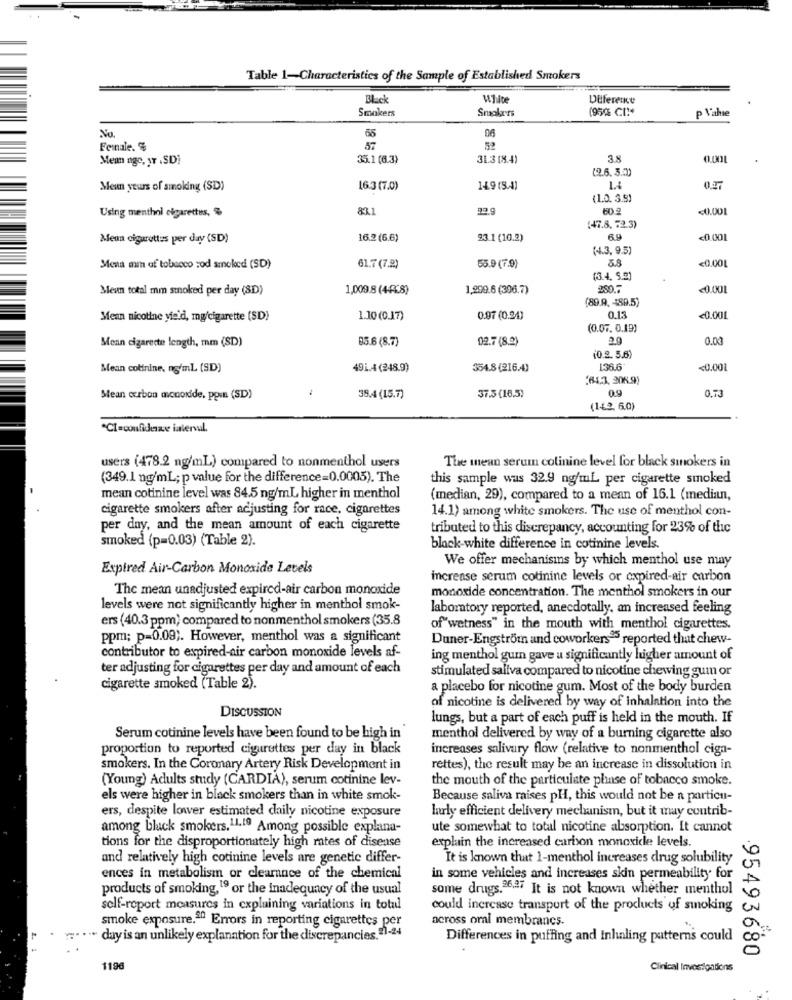
Table 1-Characteristics of the Sample of Established Smokers
White
Difference
Smokers
Smokers
(950 CI !*
P Vahe
No.
06
65
Female. %
57
Meun ngc, yT . SD)
35.1 (6.3)
31.3 [8.4)
3.8
0.00
(2.6.3.00)
Meun yours of smoking (SD)
16.3 (7.0)
14.9 (54)
1.4
(1.0. 3.8)
Using menthol cigarettes, %
83.1
22.9
<0.001
(47.8. 72.3)
Men cigarettes per day (SD)
16.2 (6.6)
93.1 (10.2)
6.9
<0.001
(44.3, 9.5)
5.8
<0.001
Mena min of tobacco rod smoked (SD)
61.7 (7.2)
55.9 (7.9)
(3.4. 5.2)
Menn total mm smoked per day (SD)
1,009.8 (4-4℃8)
1,999.6 (396.7)
280.
<0.001
(89.9. 489.5)
Mean nicotine yield, mg/cigarette (SD)
1.10 (0.17)
0.97 (0.24)
0.13
<0.001
(0.07. 0.19)
85.6 (8.7)
02.7 (8.2)
2.9
0.00
Mean cigarette length, mm (SD)
(0.2. 5.6)
Mean colinine, ng/ml (SD)
491.4 (248.9)
354.8(216.4)
136.6
<0.001
(643, 208.9)
0.9
0.73
Mean carbon monoxide. ppin (SD)
38.4 (15.7)
37.3 (16.5)
(1+2, 6.0)
CI=confidence interval.
users (478.2 ng/ml) compared to nonmenthol users
The mean serum colinine level for black smokers in
(349.1 ng/ml; p value for the difference=0.0005). The
this sample was 32.9 ng/ml per cigarette smoked
mean cotinine level was 84.5 ng/ml higher in menthol
(median, 29), compared to a mean of 16.1 (median,
cigarette smokers after adjusting for race, cigarettes
14.1) among white smokers. The use of menthol con-
per day, and the mean amount of each cigarette
tributed to this discrepancy, accounting for 23% of the
smoked (p=0.03) (Table 2).
black-white difference in cotinine levels.
We offer mechanisins by which menthol use may
Expired Air-Carbon Monoxide Levels
increase serum cotinine levels or expired-air carbon
The mean unadjusted expired-air carbon monoxide
monoxide concentration. The menthol smokers in our
levels were not significantly higher in menthol smok-
laboratory reported, anecdotally, an increased feeling
ers (40.3 ppm) compared to nonmenthol smokers (35.8
of wetness" in the mouth with menthol cigarettes.
ppm; p=0.09). However, menthol was a significant
Duner-Engström and coworkers95 reported that chew-
contributor to expired-air carbon monoxide levels af-
ing menthol guin gave a significantly higher amount of
ter adjusting for cigarettes per day and amount of each
stimulated saliva compared to nicotine chewing gum or
cigarette smoked (Table 2).
a placebo for nicotine gum. Most of the body burden
of nicotine is delivered by way of Inhalation into the
DISCUSSION
lungs, but a part of each puff is held in the mouth. If
Serum cotinine levels have been found to be high in
menthol delivered by way of a burning cigarette also
proportion to reported cigarettes per day in black
increases salivary flow (relative to nonmenthol ciga-
smokers. In the Coronary Artery Risk Development in
rettes), the result may be an increase in dissolution in
(Young) Adults study (CARDIA), serum cotinine lev-
the mouth of the particulate phase of tobacco smoke.
els were higher in black smokers than in white smok-
Because saliva raises pHI, this would not be a particu-
ers, despite lower estimated claily nicotine exposure
larly efficient delivery mechanism, but it may contrib-
among bluck smokers. 11.19 Among possible explana-
ute somewhat to total nicotine absorption. It cannot
explain the increased carbon monoxide levels.
tions for the disproportionately high mtes of disease
and relatively high cotinine levels are genetic differ-
It is known that 1-menthol increases drug solubility
ences in metabolism or clearance of the chemical
in some vehicles and increases skin permeability for
products of smoking, 19 or the inadequacy of the usual
some drugs.96.27 It is not known whether menthol
self-roport measures in explaining variations in totul
could increase transport of the products of smoking
smoke exposure.ª0 Errors in reporting cigarettes per
across oral membrancs.
day is an unlikely explanation for the discrepancies. 21-24
Differences in puffing and Inhaling patterns could
95493680
1196
Clinical Investigations